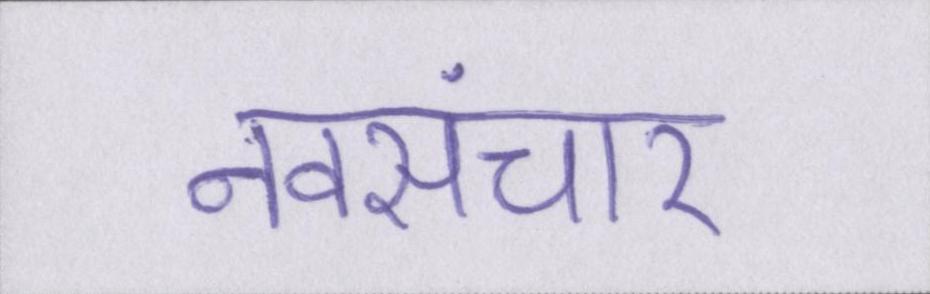
नवसंचार